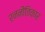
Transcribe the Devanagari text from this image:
रननीतिकार